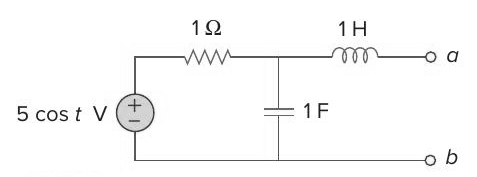
Components in this circuit:
resistor
inductor
voltage source
capacitor